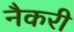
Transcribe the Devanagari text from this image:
नैकरी